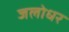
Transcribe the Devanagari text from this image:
जलोधर